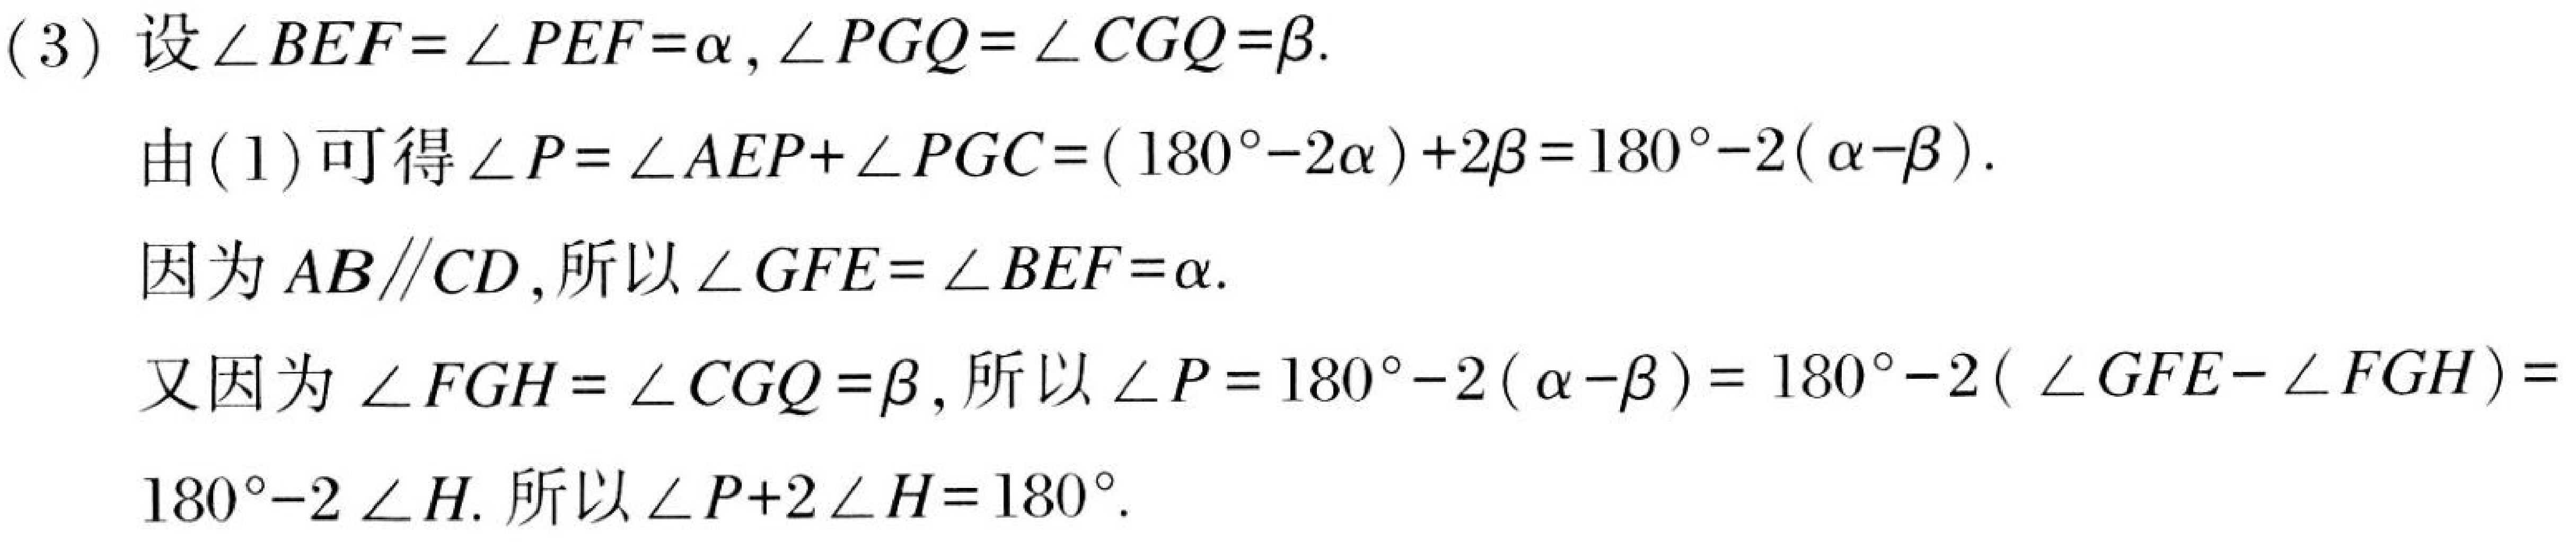
(3) 设\(\angle BEF=\angle PEF = \alpha\),\(\angle PGQ=\angle CGQ=\beta\).
由(1)可得\(\angle P=\angle AEP+\angle PGC=(180^{\circ}-2\alpha)+2\beta = 180^{\circ}-2(\alpha - \beta)\).
因为\(AB\parallel CD\),所以\(\angle GFE=\angle BEF=\alpha\).
又因为\(\angle FGH=\angle CGQ=\beta\),所以\(\angle P = 180^{\circ}-2(\alpha - \beta)=180^{\circ}-2(\angle GFE-\angle FGH)=180^{\circ}-2\angle H\). 所以\(\angle P + 2\angle H=180^{\circ}\).